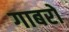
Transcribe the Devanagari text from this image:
गाबरो